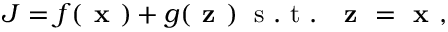
J = f ( \textbf { x } ) + g ( \textbf { z } ) \; \mathrm { ~ s ~ . ~ t ~ . ~ } \; \textbf { z } = \textbf { x } ,